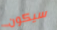
سيكون